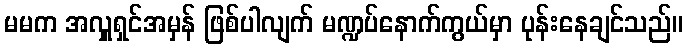
မမက အလှူရှင်အမှန် ဖြစ်ပါလျက် မဏ္ဍပ်နောက်ကွယ်မှာ ပုန်းနေချင်သည်။